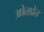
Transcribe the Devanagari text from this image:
ओतप्रेत